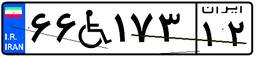
۲۱W۲۱۰۹۵